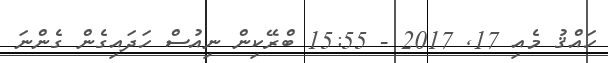
ހައްޤު މެއި 17